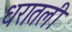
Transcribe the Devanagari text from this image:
धरातली